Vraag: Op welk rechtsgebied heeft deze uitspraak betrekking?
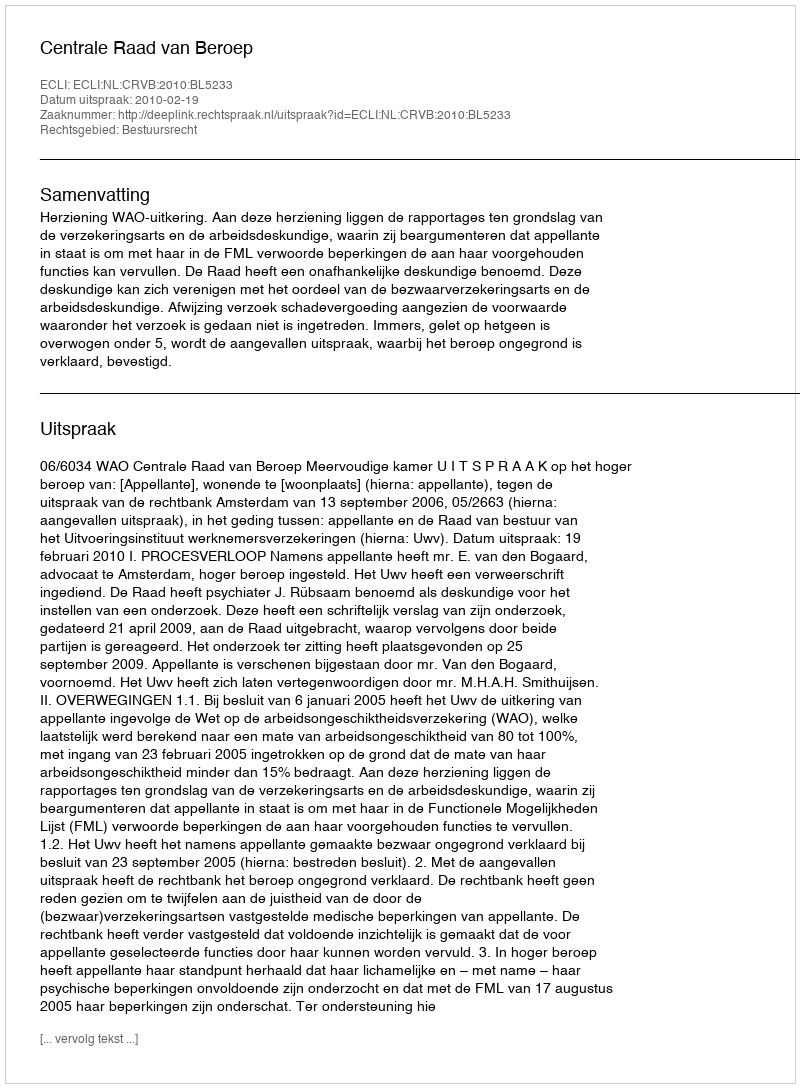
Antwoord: Bestuursrecht